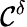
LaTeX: \mathcal{C}^{\delta}